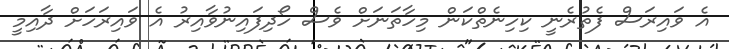
އެ ވައިރަސް ފެތުރެނީ ކިހިނެތްކަން މިހާތަނަށް ވެސް ހޯދިފައިނުވާއިރު އެ ވައިރަހަށް ދާއިމީ